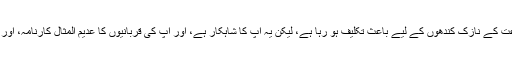
بے شک ووکنگ مشن اور اسلامک ریویو کا بوجھ جماعت کے نازک کندھوں کے لیے باعث تکلیف ہو رہا ہے، لیکن یہ آپ کا شاہکار ہے، اور آپ کی قربانیوں کا عدیم المثال کارنامہ، اور آپ کی خدمت اسلام اور جذبہ تبلیغ کا زریں مصدق ہے۔